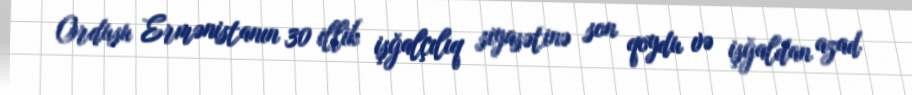
Ordusu Ermənistanın 30 illik işğalçılıq siyasətinə son qoydu və işğaldan azad